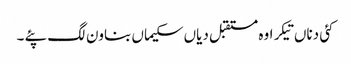
کئی دناں تیکر اوہ مستقبل دیاں سکیماں بناون لگ پئے ۔